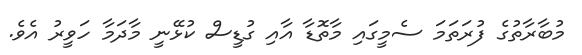
މުބާރާތުގެ ފުރަތަމަ ސެމީގައި މާތޮޑާ އާއި ގުޑީސް ކުޅޭނީ މާދަމާ ހަވީރު އެވެ.